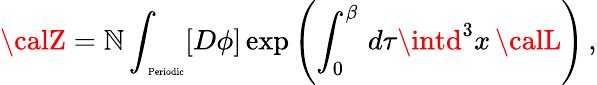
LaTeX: {\calZ}=\mathbb{N}\int_{\mathrm{{\tiny~Periodic}}}[D\phi]\exp{\left(\int_{0}^{\beta}\, d\tau\intd^{3}x\, {\calL}\right)}\, ,